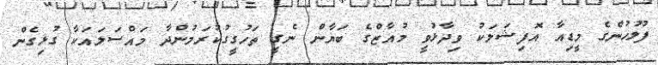
ފުލުހުންގެ މީޑިއާ އޮފިޝަލަކު ވިދާޅުވީ މުއާޒްގެ ބަޔާން ނެގީ ތަހުގީގުކުރަމުންދާ މައްސަލައަކާ ގުޅިގެން